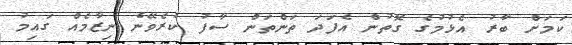
ކަމަށް ބާރު އެޅުމުގެ ގޮތުން އެފަދަ ތަންތަން ސާފު ކުރެވޭނެ ނިޒާމެއް ގައިމު